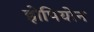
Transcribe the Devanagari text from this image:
झेपियोन